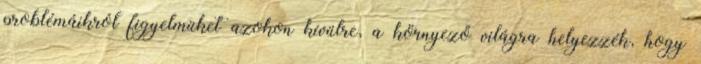
problémáikról figyelmüket azokon kívülre, a környező világra helyezzék, hogy